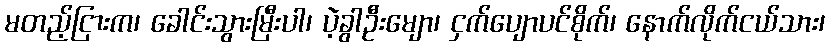
မတည့်ငြားက၊ ခေါင်းသွားမြီးပါ၊ ပဲ့ခွါဦးမျော၊ ငှက်ပျောပင်စိုက်၊ နောက်လိုက်ငယ်သား၊